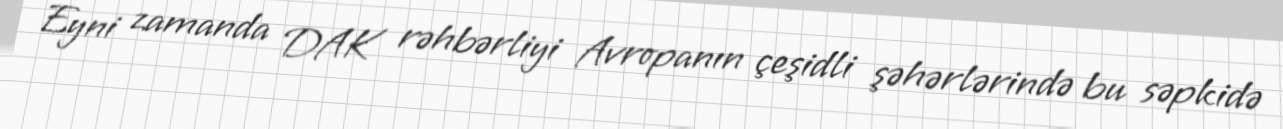
Eyni zamanda DAK rəhbərliyi Avropanın çeşidli şəhərlərində bu səpkidə